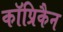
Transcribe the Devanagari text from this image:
कॉप्रिकैन